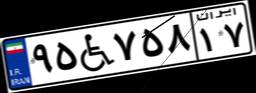
۰۱W۵۵۲۹۲